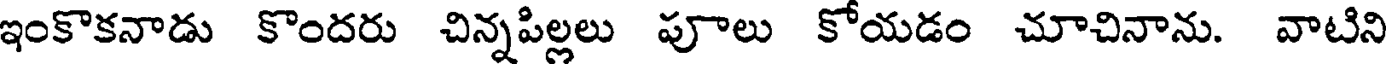
ఇంకొకనాడు కొందరు చిన్నపిల్లలు పూలు కోయడం చూచినాను. వాటిని